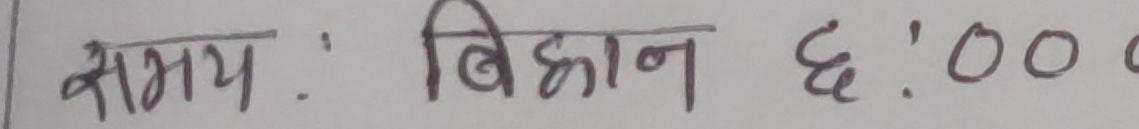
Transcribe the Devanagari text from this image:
समय : बिहान ६:००